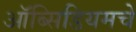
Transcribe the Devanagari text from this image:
ऑब्सिडियमचे